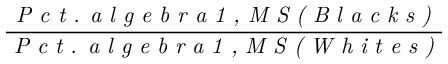
\frac { \textit { P c t . a l g e b r a 1 , M S ( B l a c k s ) } } { \textit { P c t . a l g e b r a 1 , M S ( W h i t e s ) } }